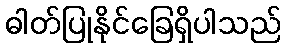
ဓါတ်ပြုနိုင်ခြေရှိပါသည်